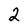
Character: 2